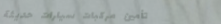
تأمين مركبات سيارات حديثة